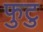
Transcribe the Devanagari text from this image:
फुटु